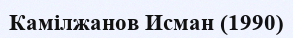
Камілжанов Исман (1990)